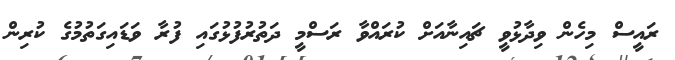
ރައީސް މިހެން ވިދާޅުވީ ޗައިނާއަށް ކުރައްވާ ރަސްމީ ދަތުރުފުޅުގައި ފުރާ ވަޑައިގަތުމުގެ ކުރިން